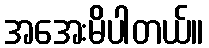
အအေးမိပါတယ်။